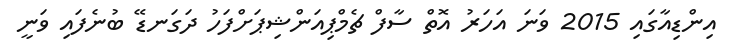
އިންޑިއާގައި 2015 ވަނަ އަހަރު އޮތް ސާފް ޗެމްޕިއަންޝިޕަށްފަހު ދަގަނޑޭ ބުނެފައި ވަނީ